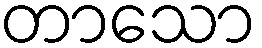
တာသော